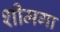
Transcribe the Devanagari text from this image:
शीमगा